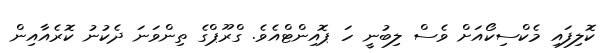
ކޮލިފައި މެކްސިކޯއަށް ވެސް ލިބުނީ ހަ ޕޮއިންޓްއެވެ. ގްރޫޕްގެ ތިންވަނަ ދެކުނު ކޮރެއާއިން